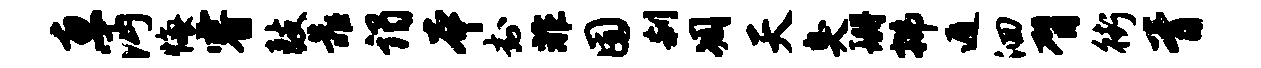
惠沔悔睿鼓靠谒本封非囿刹凋天臭珊拂遁洄臂街胥